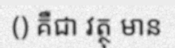
() គឺជា វត្ថុ មាន